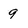
Character: 9